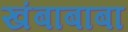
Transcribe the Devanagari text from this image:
खंबाबाबा